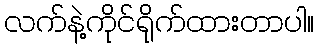
လက်နဲ့ကိုင်ရိုက်ထားတာပါ။